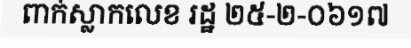
ពាក់ស្លាកលេខ រដ្ឋ ២៥-២-០៦១៧